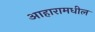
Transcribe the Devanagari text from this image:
आहारामधील